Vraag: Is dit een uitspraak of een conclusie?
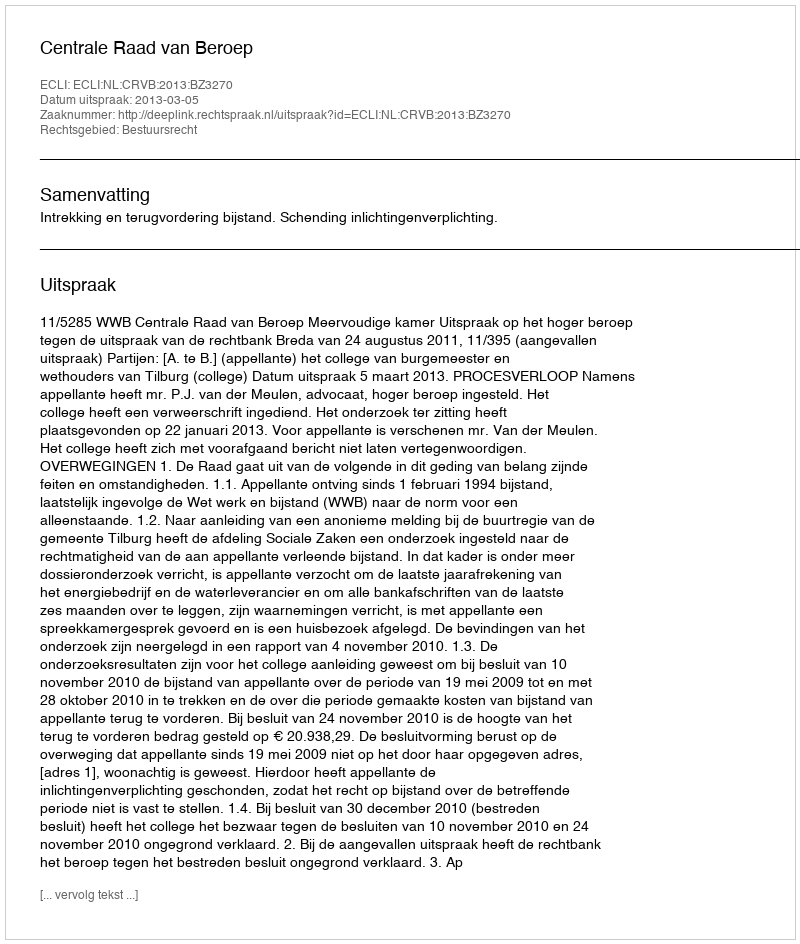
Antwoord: Uitspraak